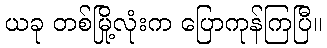
ယခု တစ်မြို့လုံးက ပြောကုန်ကြပြီ။